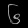
Digit: ၆